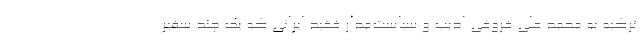
ترکیه به محمد علی فروغی ادیب و سیاست‌مدار فقید ایرانی که یک چند سفیر